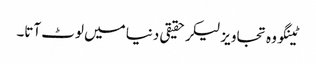
ٹینگو وہ تجاویز لیکر حقیقی دنیا میں لوٹ آتا۔